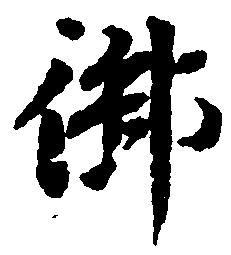
御